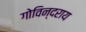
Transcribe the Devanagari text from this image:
गोविन्दराय